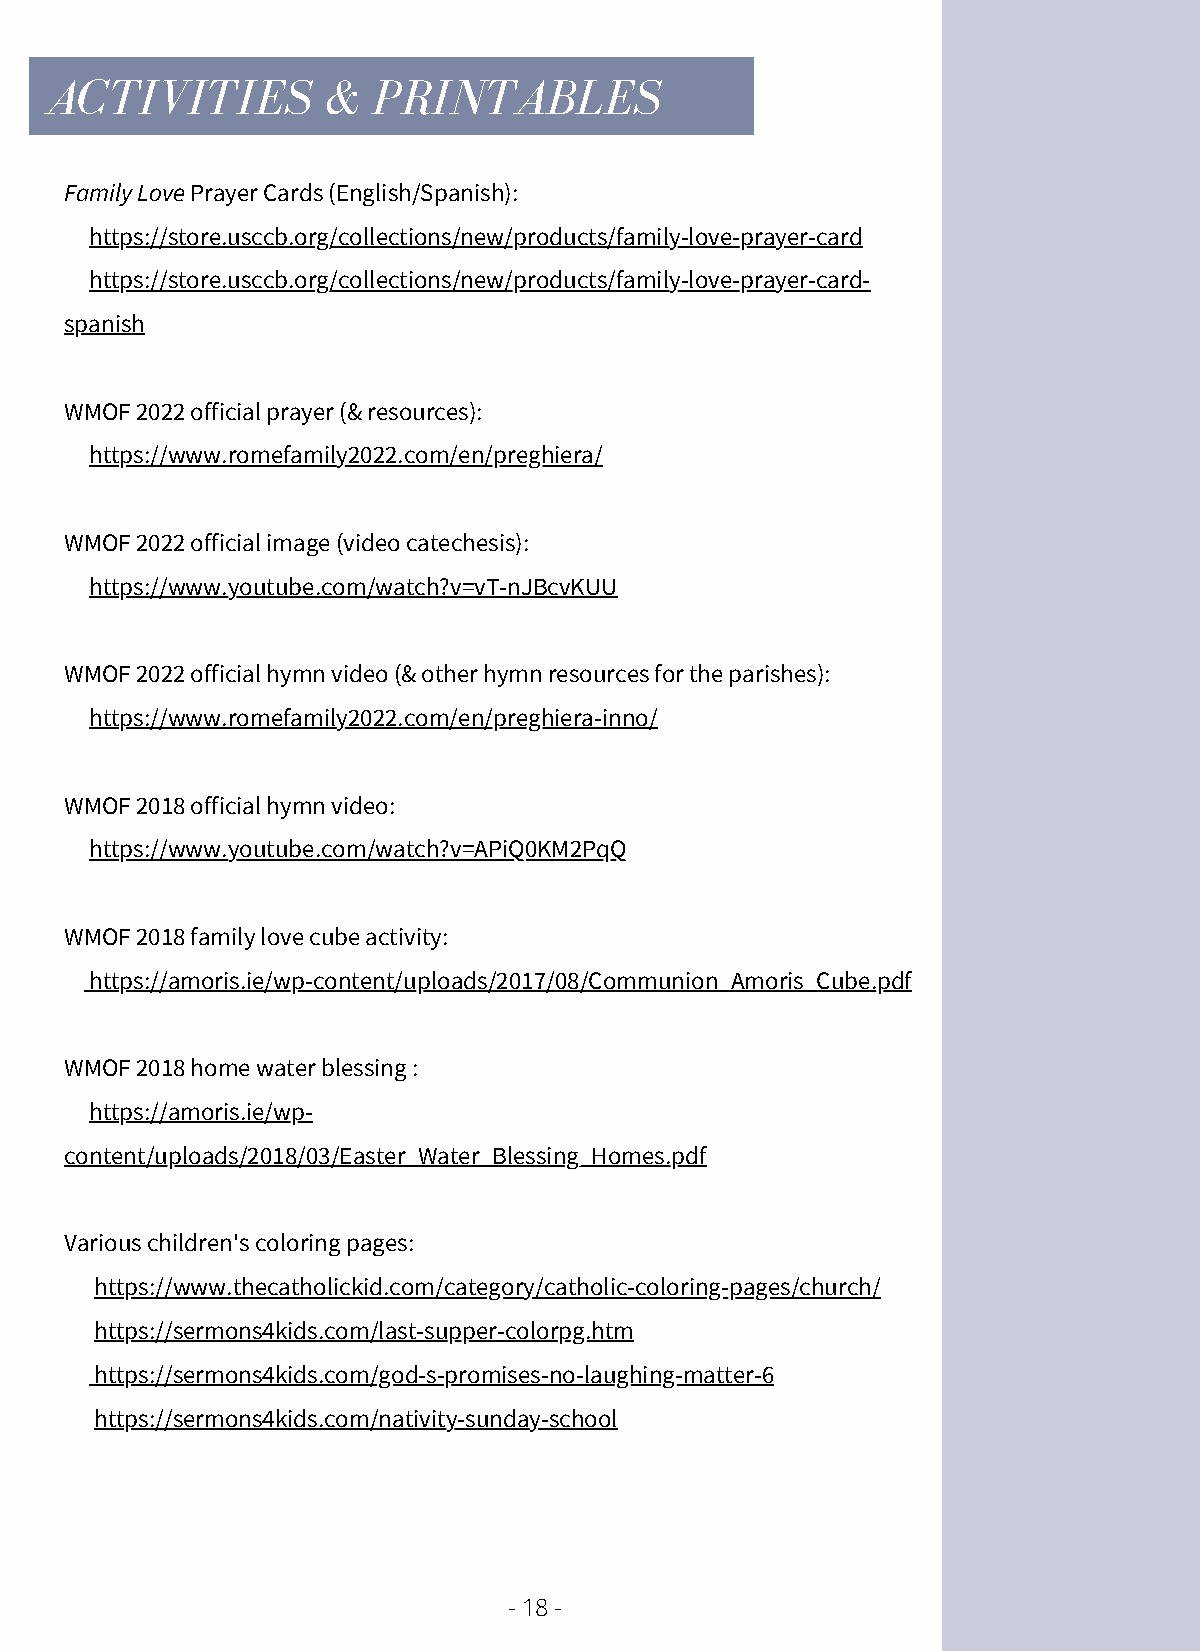
ACTIVITIES         &  PRINTABLES
 Family Love Prayer Cards (English/Spanish):
 https://store.usccb.org/collections/new/products/family-love-prayer-card
 https://store.usccb.org/collections/new/products/family-love-prayer-card-
 spanish
 WMOF 2022 official prayer (& resources):
 https://www.romefamily2022.com/en/preghiera/
 WMOF 2022 official image (video catechesis):
 https://www.youtube.com/watch?v=vT-nJBcvKUU
 WMOF 2022 official hymn video (& other hymn resources for the parishes):
 https://www.romefamily2022.com/en/preghiera-inno/
 WMOF 2018 official hymn video:
 https://www.youtube.com/watch?v=APiQ0KM2PqQ
 WMOF 2018 family love cube activity:
 https://amoris.ie/wp-content/uploads/2017/08/Communion_Amoris_Cube.pdf
 WMOF 2018 home water blessing :
 https://amoris.ie/wp-
 content/uploads/2018/03/Easter_Water_Blessing_Homes.pdf
 Various children's coloring pages:
 https://www.thecatholickid.com/category/catholic-coloring-pages/church/
 https://sermons4kids.com/last-supper-colorpg.htm
 https://sermons4kids.com/god-s-promises-no-laughing-matter-6
 https://sermons4kids.com/nativity-sunday-school
 - 18 -